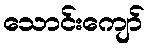
သောင်းကျော်